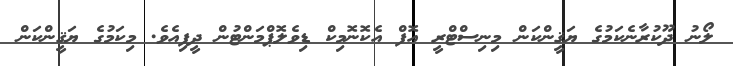
ލޯނު ދޫކުރާނެކަމުގެ ޔަޤީންކަން މިނިސްޓްރީ އޮފް އެކޮނޮމިކް ޑިވެލޮޕްމަންޓުން ދީފިއެވެ. މިކަމުގެ ޔަޤީންކަން